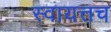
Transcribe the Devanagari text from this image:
स्वायत्तच